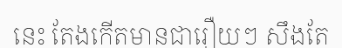
នេះ តែងកើតមានជារឿយៗ សឹងតែ